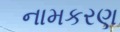
નામકરણ